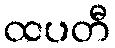
ထပတီ